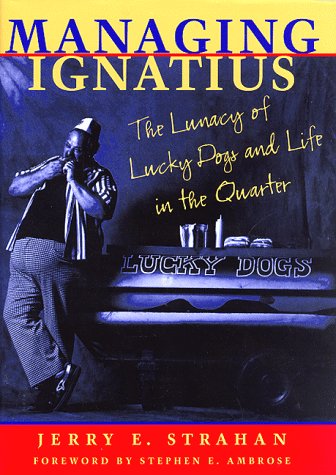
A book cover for Managing Ignatius: The Lunacy of Lucky Dogs and Life in the Quarter; Jerry E. Strahan; Travel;